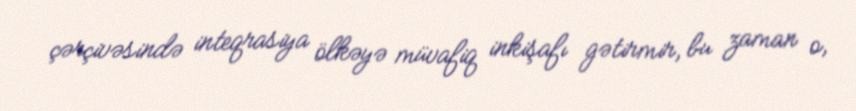
çərçivəsində inteqrasiya ölkəyə müvafiq inkişafı gətirmir, bu zaman o,